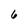
Character: 6